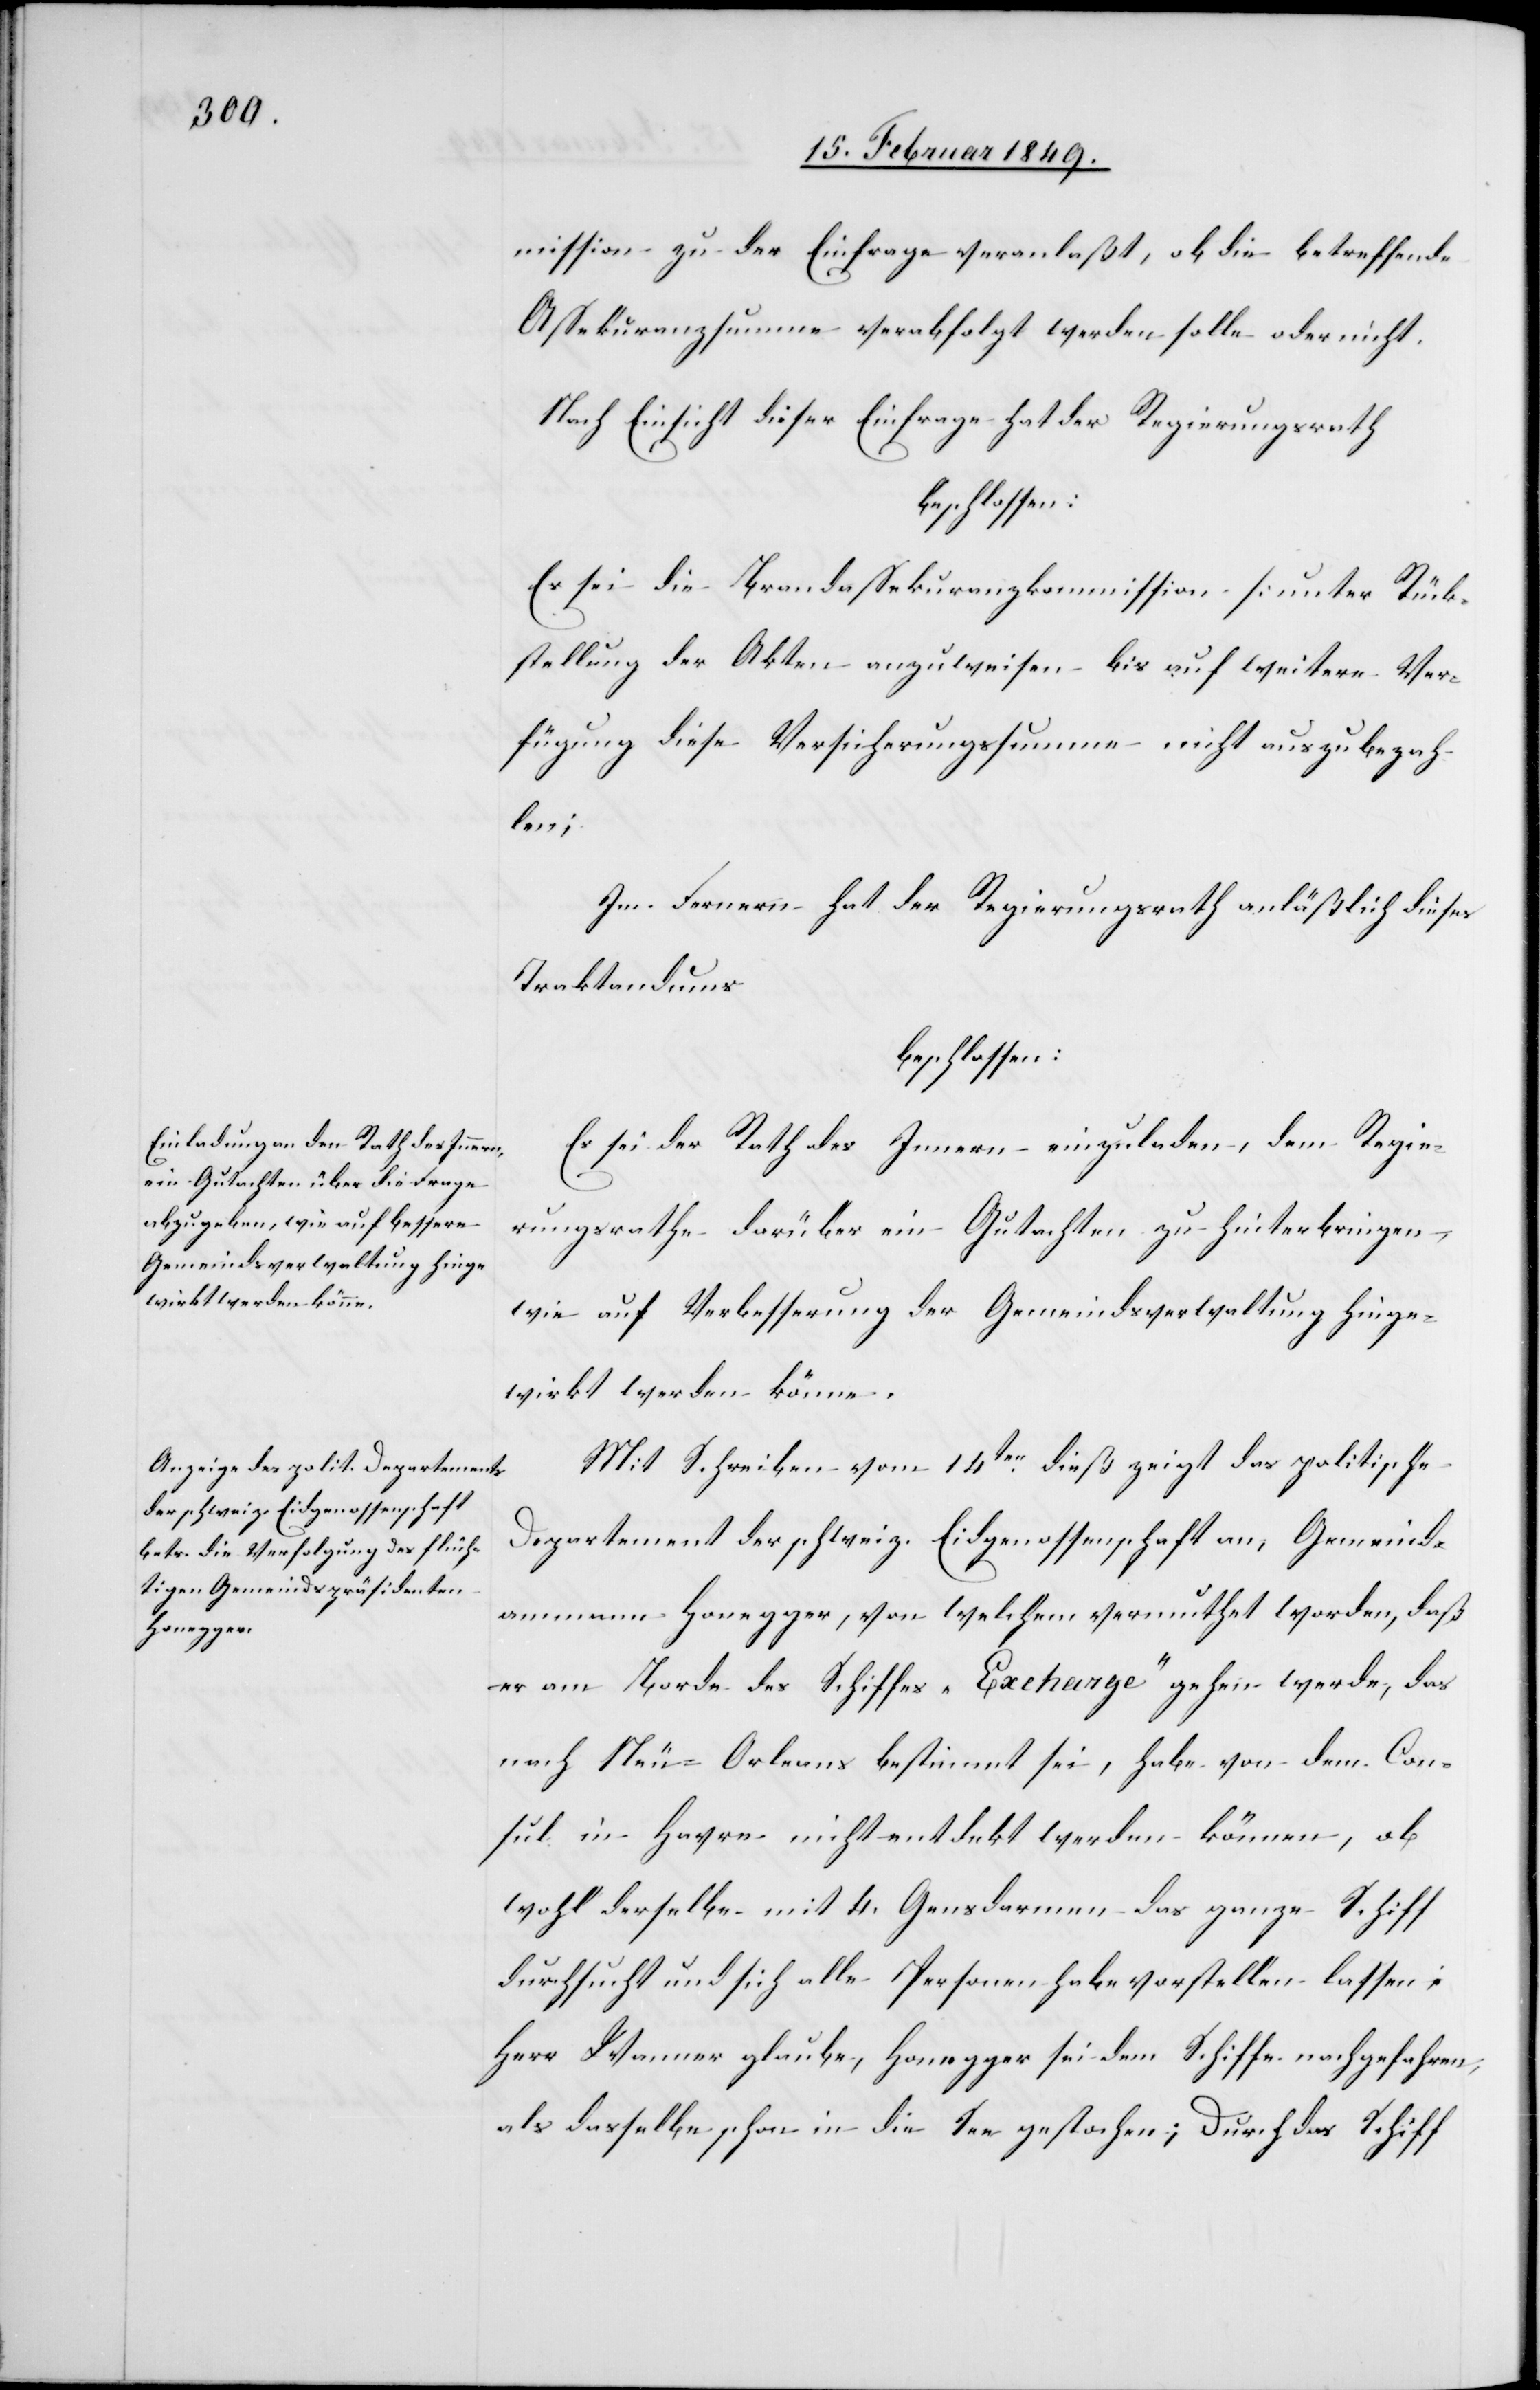
mission zu der Einfrage veranlaßt, ob die betreffende
Assekuranzsumme verabfolgt werden solle oder nicht.
Nach Einsicht dieser Einfrage hat der Regierungsrath
beschlossen:
Es sei die Brandassekuranzkommission [unter Rück¬
stellung der Akten[]] anzuweisen bis auf weitere Ver¬
fügung diese Versicherungssumme nicht auszubezah¬
len;
Im Fernern hat der Regierungsrath anläßlich dieses
Traktandums
beschlossen:
Es sei der Rath des Innern einzuladen, dem Regie¬
rungsrathe darüber ein Gutachten zu hinterbringen,
wie auf Verbesserung der Gemeindsverwaltung hinge¬
wirkt werden könne.
Mit Schreiben vom 14ten. dieß zeigt das politische
Departement der schweiz. Eidgenossenschaft an, Gemeind¬
ammann Honegger, von welchem vermuthet worden, daß
er am Borde des Schiffes „Excharge“ gehen werde, das
nach Neu-Orleans bestimmt sei, habe von dem Con¬
sul in Havre nicht entdekt werden können, ob
wohl derselbe mit 4. Gensdarmen das ganze Schiff
durchsucht und sich alle Personen habe vorstellen lassen;
Herr Wanner glaube, Honegger sei dem Schiffe nachgefahren,
als dasselbe schon in die See gestochen; Durch das Schiff